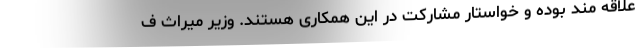
علاقه مند بوده و خواستار مشارکت در این همکاری هستند. وزیر میراث ف